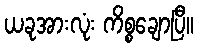
ယခုအားလုံး ကိစ္စချောပြီ။